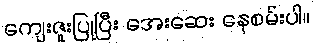
ကျေးဇူးပြုပြီး အေးဆေး နေစမ်းပါ။